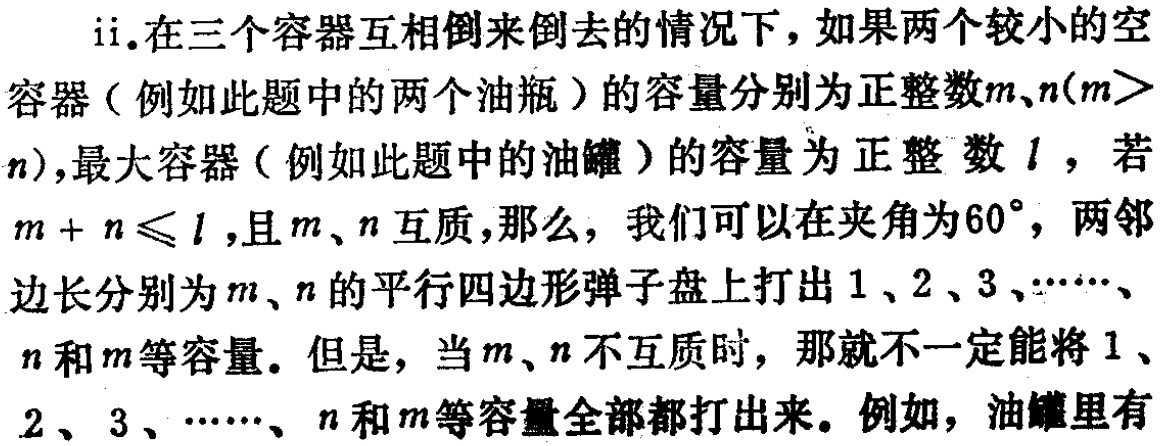
ii.在三个容器互相倒来倒去的情况下，如果两个较小的空

容器（例如此题中的两个油瓶）的容量分别为正整数\(m\)、\(n(m >

n)\)，最大容器（例如此题中的油罐）的容量为正整数\(l\)，若

\(m + n\leqslant l\)，且\(m\)、\(n\)互质，那么，我们可以在夹角为\(60^{\circ}\)，两邻

边长分别为\(m\)、\(n\)的平行四边形弹子盘上打出\(1\)、\(2\)、\(3\)、\(\cdots\)、

\(n\)和\(m\)等容量。但是，当\(m\)、\(n\)不互质时，那就不一定能将\(1\)、

\(2\)、\(3\)、\(\cdots\)、\(n\)和\(m\)等容量全部都打出来。例如，油罐里有